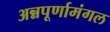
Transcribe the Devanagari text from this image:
अन्नपूर्णामंगल